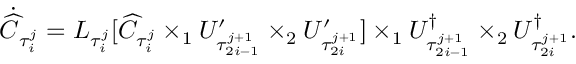
\dot { \widehat { C } } _ { \tau _ { i } ^ { j } } = { L } _ { \tau _ { i } ^ { j } } [ \widehat { C } _ { \tau _ { i } ^ { j } } \times _ { 1 } U _ { \tau _ { 2 i - 1 } ^ { j + 1 } } ^ { \prime } \times _ { 2 } U _ { \tau _ { 2 i } ^ { j + 1 } } ^ { \prime } ] \times _ { 1 } U _ { \tau _ { 2 i - 1 } ^ { j + 1 } } ^ { \dagger } \times _ { 2 } U _ { \tau _ { 2 i } ^ { j + 1 } } ^ { \dagger } .